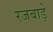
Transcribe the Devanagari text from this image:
रजबाड़े